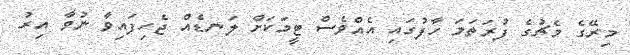
މިރޭގެ މެޗުގެ ފުރަތަމަ ހާފުގައި އެއްވެސް ޓީމަކަށް ލަނޑެއް ޖެހިފައިވާ ނުވާ އިރު